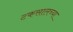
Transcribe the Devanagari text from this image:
टकसालच्या